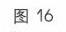
图 16